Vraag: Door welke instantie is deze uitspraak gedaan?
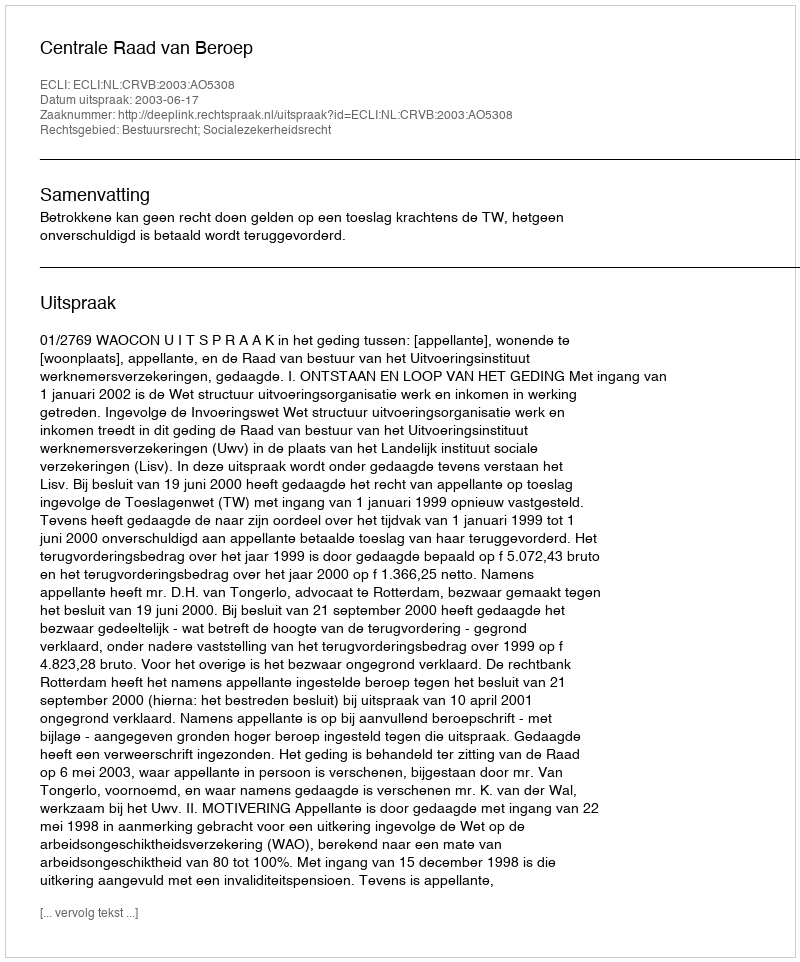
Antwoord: Centrale Raad van Beroep